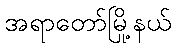
အရာတော်မြို့နယ်